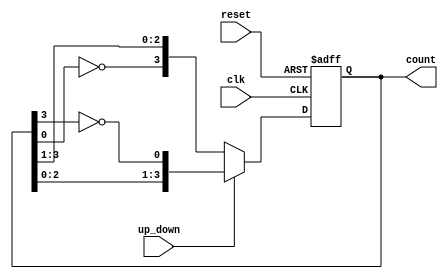
module bidirectional_johnson_counter (
    input wire clk,               // Clock signal
    input wire reset,             // Reset signal
    input wire up_down,           // Up/Down control signal (1 for up, 0 for down)
    output reg [n-1:0] count      // Output count (n-bit)
);
    parameter n = 4;              // Number of bits in the counter

    always @(posedge clk or posedge reset) begin
        if (reset) begin
            // Reset the counter to 0
            count <= 0;
        end else begin
            if (up_down) begin
                // Counting Up (Right Shift)
                count <= {count[n-2:0], ~count[n-1]};
            end else begin
                // Counting Down (Left Shift)
                count <= {~count[0], count[n-1:1]};
            end
        end
    end
endmodule